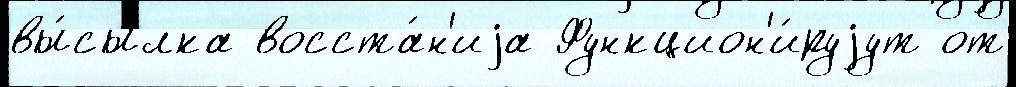
вы́сылка восста́н'иjа Функцион'и́руjут от